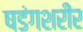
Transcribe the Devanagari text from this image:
षडंगशरीर